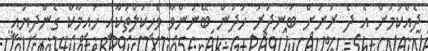
ދެއްކުމަށް އެ ދެ ރަށަށް ބަނދަރު ހަދަން ބޭނުންވާ ވެހިކަލްތަކާއި ހައިމާކް ގެންދިޔައީ